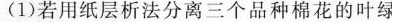
(1)若用纸层析法分离三个品种棉花的叶绿